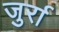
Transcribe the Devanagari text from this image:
जुर्रा